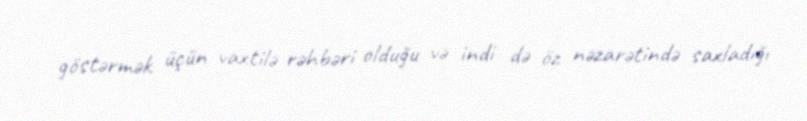
göstərmək üçün vaxtilə rəhbəri olduğu və indi də öz nəzarətində saxladığı